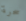
سحرة